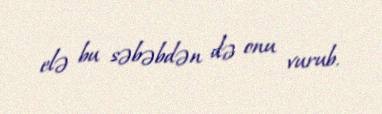
elə bu səbəbdən də onu vurub.